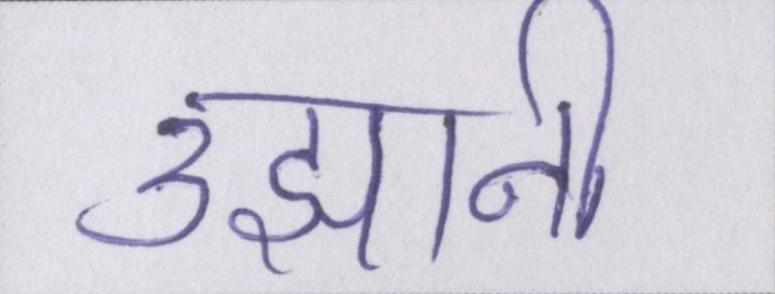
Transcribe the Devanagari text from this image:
उझानी